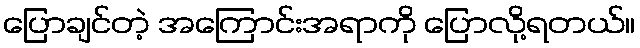
ပြောချင်တဲ့ အကြောင်းအရာကို ပြောလို့ရတယ်။